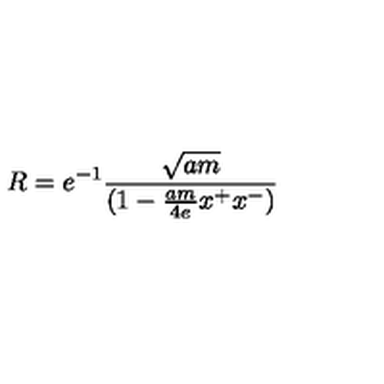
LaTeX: R = e ^ { - 1 } { \frac { \sqrt { a m } } { ( 1 - { \frac { a m } { 4 e } } x ^ { + } x ^ { - } ) } }